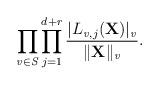
LaTeX: \begin{align*}\prod_{\mathit{v\in S}}\prod_{j=1}^{d+r}\frac{|L_{\mathit{v},j}(\mathbf{X})|_\mathit{v}}{\Vert\mathbf{X}\Vert_\mathit{v}}.\end{align*}